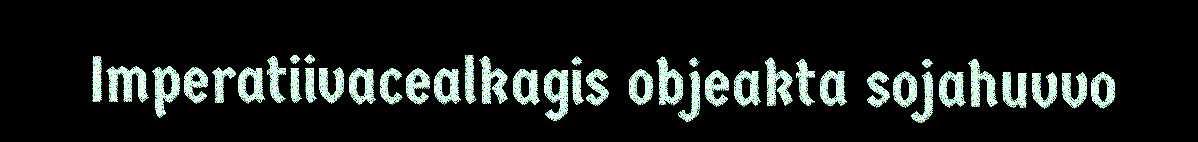
Imperatiivacealkagis objeakta sojahuvvo